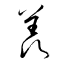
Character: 羡